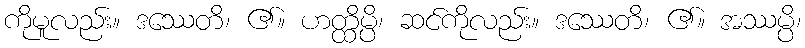
ကိုမူလည်း။ ဒဿေတိ၊ ၏။ ဟတ္ထိမ္ပိ၊ ဆင်ကိုလည်း။ ဒဿေတိ၊ ၏။ အဿမ္ပိ၊